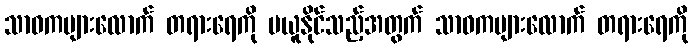
သာဝကများလောက် တရားရေကို မယူနိုင်သည့်အတွက် သာဝကများလောက် တရားရေကို